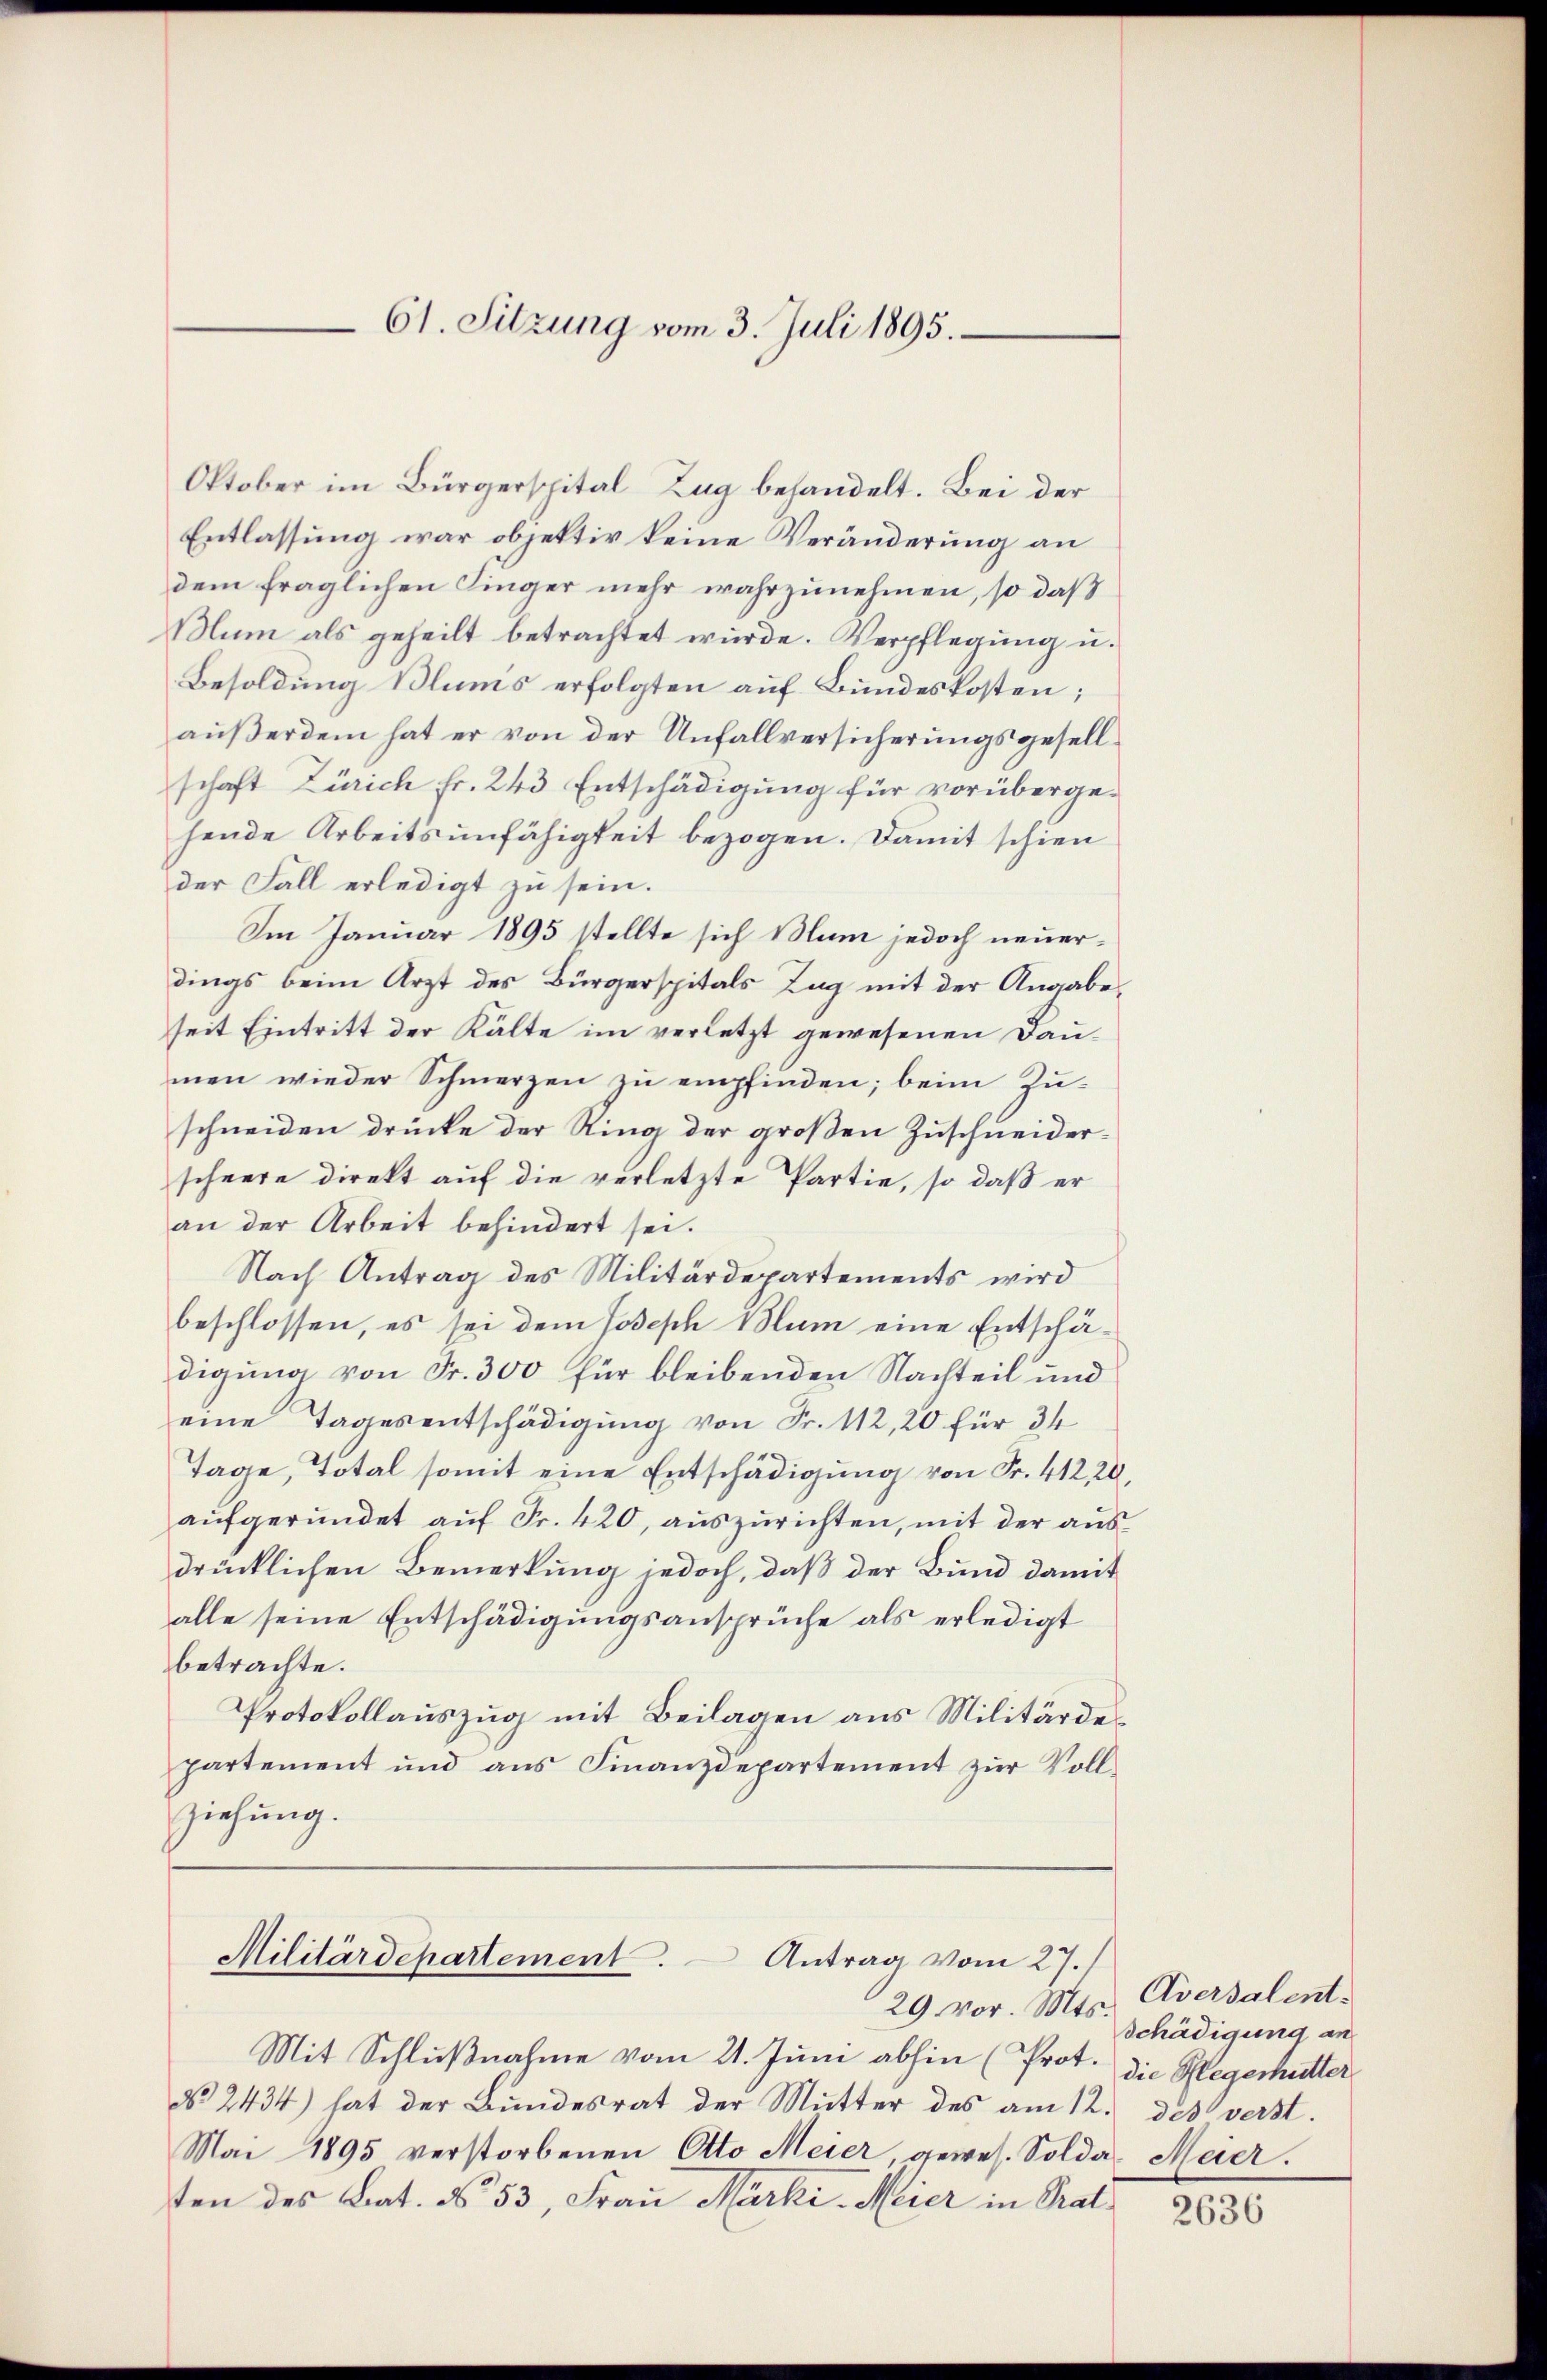
61. Sitzung vom 3. Juli 1895.

Oktober im Bürgerspital-Zug behandelt. Bei der
Entlassung war objektiv keine Veränderung an
dem fraglichen Singer mehr wahrzunehmen, so daß
Bum als geheilt betrachtet wurde. Verpflegung u.
Besoldung Blums erfolgten auf Bundeskosten;
außerdem hat er von der Unfallversicherungsgesellschaft Zürich Fr. 243 Entschädigung für vorübergehende Arbeitsunfähigkeit bezogen. Damit schien
der Fall erledigt zu sein.
Im Januar 1895 stellte sich Blum jedoch neuerdings beim Arzt des Bürgerspitals Tag mit der Angabe,
seit Eintritt der Kälte im verletzt gewesenen Daumen wieder Schmerzen zu empfinden; beim Zuschneiden drücke der Ring der großen Zuschneiderscheere direkt auf die verletzte Partie, so daß er
an der Arbeit behindert sei.
Nach Antrag des Militärdepartements wird
beschlossen, es sei dem Joseph Blum eine Entschädigung von Fr. 300 für bleibenden Nachteil und
eine Tagesentschädigung von Fr. 112, 20 für 34
Tage, Total somit eine Entschädigŭng von Fr. 41220.
aufgeründet auf Fr. 420, auszurichten, mit der aus
drücklichen Bemerkung jedoch, daß der Bund damit
alle seine Entschädigungsansprüche als erledigt
betrachte.
Protokollauszug mit Beilagen aus Militärdes
partement und ans Finanzdepartement zŭr Voll-
ziehung.

Militärdepartement. Antrag vom 27.

29. vor. Mts.
Mit Schlußnahme vom 21. Juni abhin (Prot. die Regerhütter
No. 2434) hat der Bŭndesrat der Mŭtter des am 12. des verst.
Mai 1895 verstorbenen Otto Meier, gewes. Solda-Meier.
ten des Bat. No. 53, Frau Marki Meier in Prat

Aversalent:
Schädigung an

2636